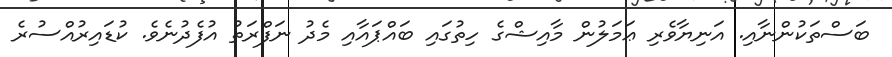
ބަސްތަކުންނާއި. އަނިޔާވެރި ޢަމަލުން މާއިޝްގެ ހިތުގައި ބައްޕައާއި މެދު ނަފްރަތު އުފެދުނެވެ. ކުޑައިރުއްސުރެ